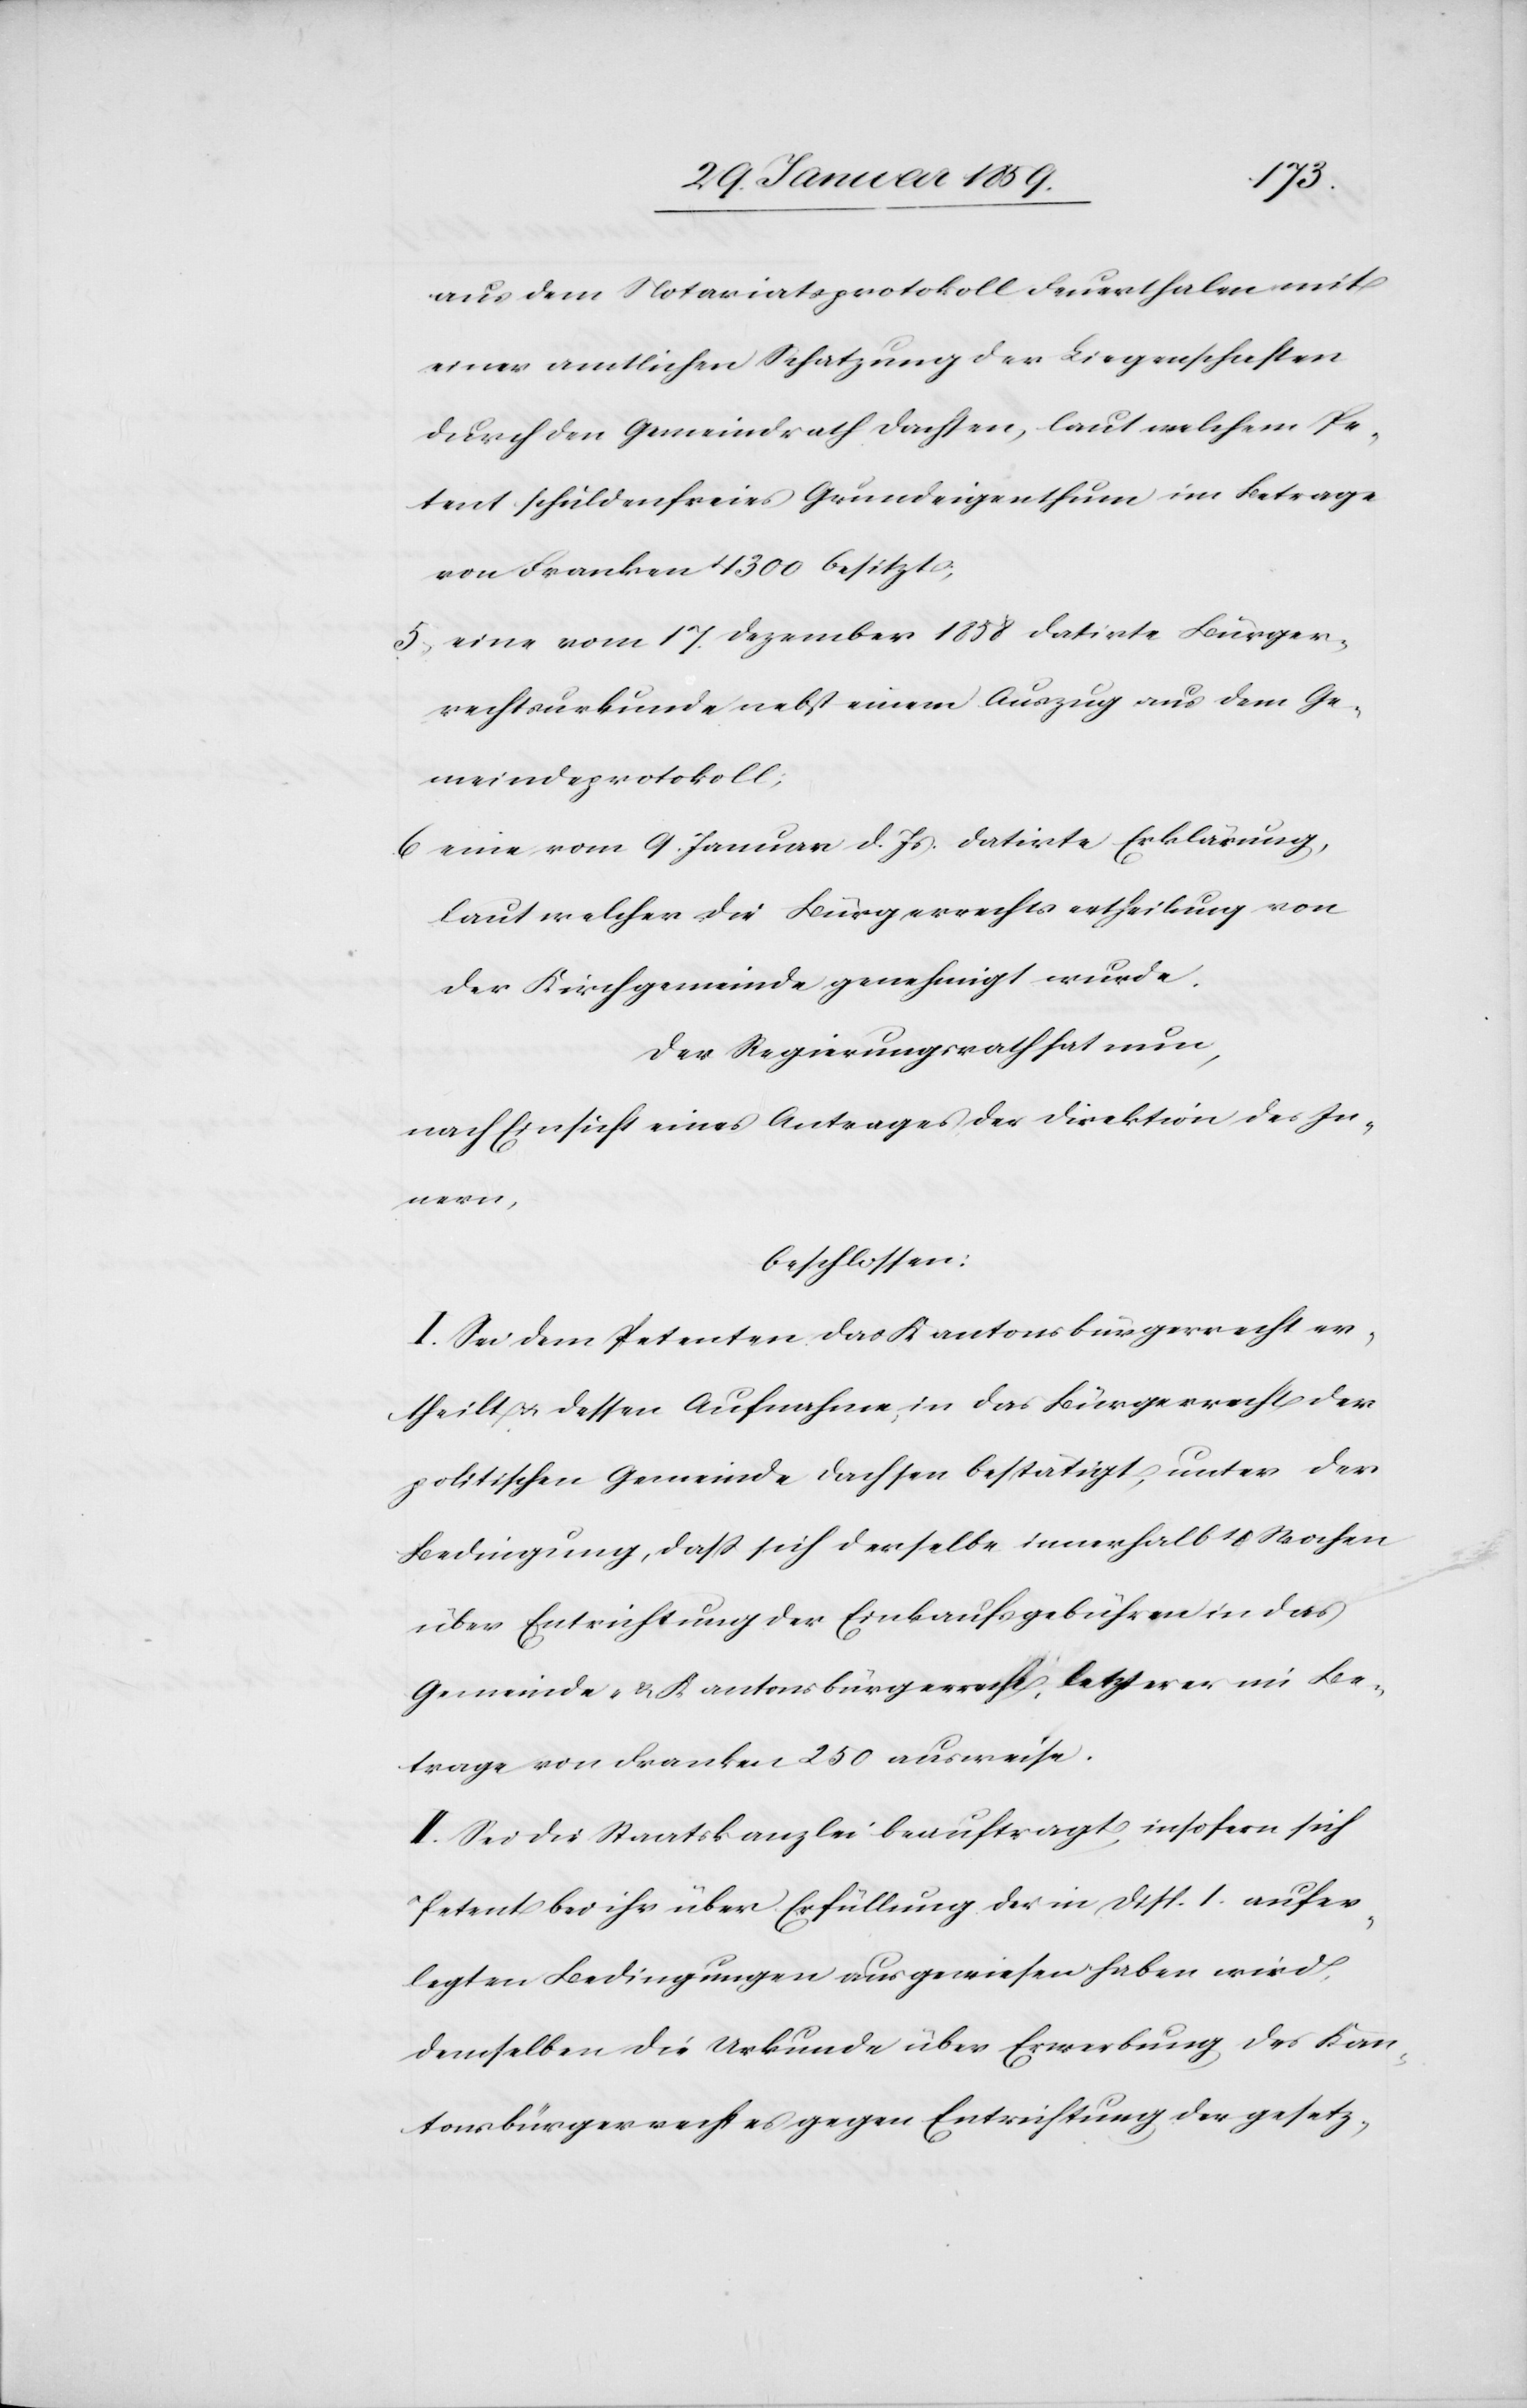
aus dem Notariatsprotokoll Feuerthalen mit
einer amtlichen Schatzung der Liegenschaften
durch den Gemeindrath Dachsen, laut welchem Pe¬
tent schuldenfreies Grundeigenthum im Betrage
von Franken 4300 besitzt;
5, eine vom 17. Dezember 1858 datirte Bürger¬
rechtsurkunde nebst einem Auszug aus dem Ge¬
meindeprotokoll;
6, eine vom 9. Januar d. Js. datirte Erklärung,
laut welcher die Bürgerrechtsertheilung von
der Kirchgemeinde genehmigt wurde.
Der Regierungsrath hat nun,
nach Einsicht eines Antrages der Direktion des In¬
nern,
beschlossen:
I. Sei dem Petenten das Kantonsbürgerrecht er¬
theilt u. dessen Aufnahme in das Bürgerrecht der
politischen Gemeinde Dachsen bestätigt, unter der
Bedingung, daß sich derselbe innerhalb 4 Wochen
über Entrichtung der Einkaufsgebühren in das
Gemeinde- & Kantonsbürgerrecht, letzteres im Be¬
trage von Franken 250 ausweise.
II Sei die Staatskanzlei beauftragt, insofern sich
Petent bei ihr über Erfüllung der in disp. I. aufer¬
legten Bedingungen ausgewiesen haben wird,
demselben die Urkunde über Erwerbung des Kan¬
tonsbürgerrechtes gegen Entrichtung der gesetz-